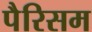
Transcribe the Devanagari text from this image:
पैरिसम